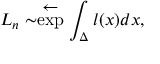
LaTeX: L _ { n } \sim \stackrel { { \textstyle \leftarrow } } { \exp } \int _ { \Delta } l ( x ) d x ,